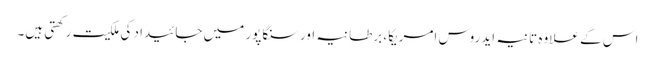
اس کے علاوہ تانیہ ایدروس امریکا، برطانیہ اور سنگاپور میں جائیداد کی ملکیت رکھتی ہیں۔